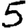
Digit: 5